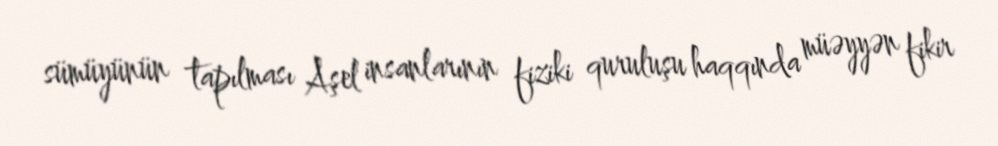
sümüyünün tapılması Aşel insanlarının fiziki quruluşu haqqında müəyyən fikir